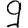
Digit: 9